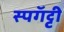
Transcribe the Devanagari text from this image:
स्पगॅट्टी